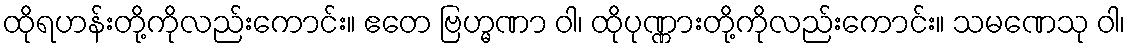
ထိုရဟန်းတို့ကိုလည်းကောင်း။ ဧတေ ဗြဟ္မဏာ ဝါ၊ ထိုပုဏ္ဏားတို့ကိုလည်းကောင်း။ သမဏေသု ဝါ၊